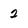
Character: 2